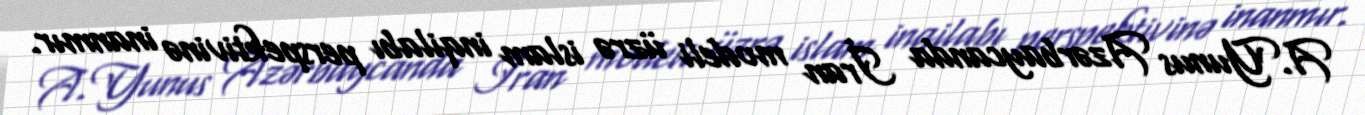
A.Yunus Azərbaycanda İran modeli üzrə islam inqilabı perspektivinə inanmır.